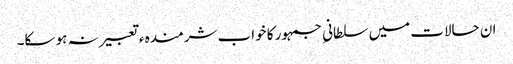
ان حالات میں سلطانیِ جمہور کا خواب شرمندہ ء تعبیر نہ ہو سکا۔